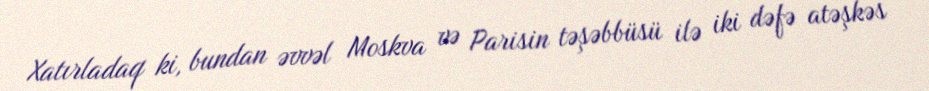
Xatırladaq ki, bundan əvvəl Moskva və Parisin təşəbbüsü ilə iki dəfə atəşkəs